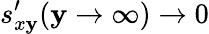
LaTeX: s_{x\mathbf{y}}^{\prime}(\mathbf{y}\to\infty)\to0